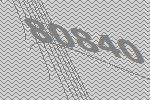
80840